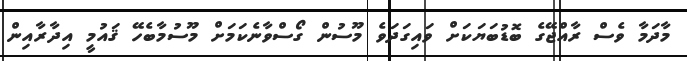
މާދަމާ ވެސް ރާއްޖޭގެ ބޮޑުބަޔަކަށް ވައިގަދަވެ މޫސުން ގޯސްވާނެކަމަށް މޫސުމާބެހޭ ޤައުމީ އިދާރާއިން